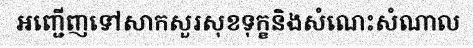
អញ្ជើញទៅសាកសួរសុខទុក្ខនិងសំណេះសំណាល